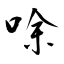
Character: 唋